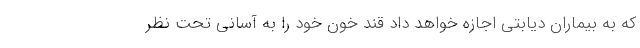
که به بیماران دیابتی اجازه خواهد داد قند خون خود را به آسانی تحت نظر